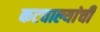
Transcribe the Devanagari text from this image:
कटवाल्यांची